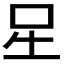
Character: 𭇆